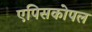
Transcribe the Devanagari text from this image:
एपिसकोपल